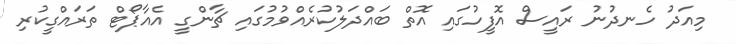
މިއަދު ހެނދުނު ރައީސް އޮފީހުގައި އޮތް ބައްދަލުކުރެއްވުމުގައި ޗާންގީ އެއާޕޯޓް ތަރައްގީކުރި